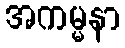
အကမ္မနာ